Insane asylums in Bengal annual reports 1876-1887 - 1876-1887
Year: 1876
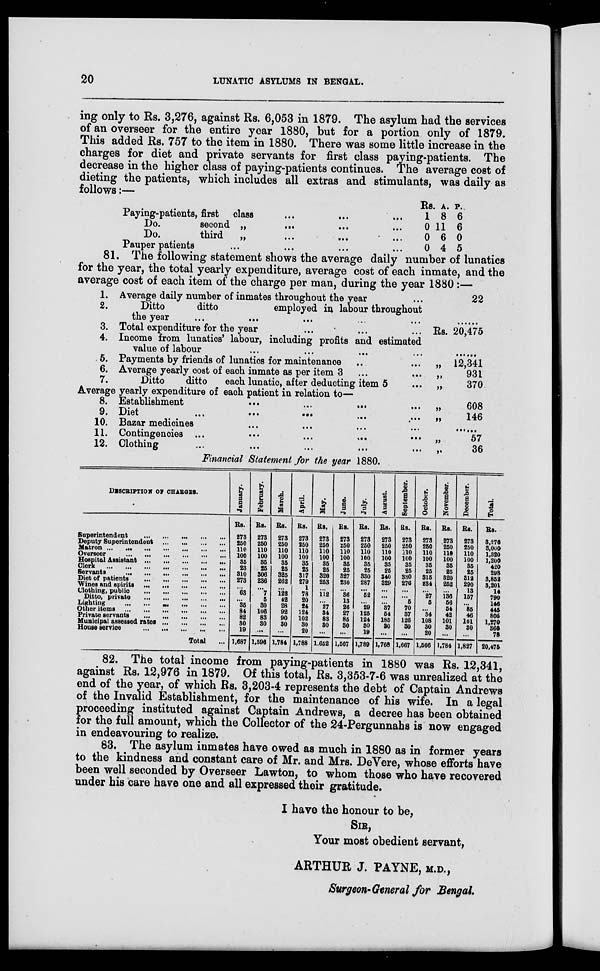
20
LUNATIC ASYLUMS IN BENGAL.
ing only to Rs. 3,276, against Rs. 6,053 in 1879. The asylum had the services
of an overseer for the entire year 1880, but for a portion only of 1879.
This added Rs. 757 to the item in 1880. There was some little increase in the
charges for diet and private servants for first class paying-patients. The
decrease in the higher class of paying-patients continues. The average cost of
dieting the patients, which includes all extras and stimulants, was daily as
follows:—
Paying-patients, first class ... ... ...
Do.
second „
...
...
Do.
third
„
...
...
...
Pauper patients ... ... ... ...
Rs.
1
0
0
0
A.
8
11
6
4
P.
6
6
0
5
81. The following statement shows the average daily number of lunatics
for the year, the total yearly expenditure, average cost of each inmate, and the
average cost of each item of the charge per man, during the year 1880 :—
1.
2.
3.
4.
5.
6.
7.
Average daily number of inmates throughout the year ...
Ditto
ditto
employed in labour throughout
the year
...
...
...
...
...
Total expenditure for the year ... ... ...
Income from lunatics' labour, including profits and estimated
value of labour ... ... ... ...
Payments by friends of lunatics for maintenance ... ...
Average yearly cost of each inmate as per item 3 ... ...
Ditto
ditto
each lunatic, after deducting item 5 ...
Average yearly expenditure of each patient in relation to—
8.
9.
10.
11.
12.
Establishment
...
...
... ...
Diet
...
...
... ... ...
Bazar medicines ... ... ... ...
Contingencies ... ... ... ... ...
Clothing ... ... ... ... ...
22
......
Rs. 20,475
......
„ 12,341
„ 931
„ 370
„ 608
„ 146
......
„ 57
„ 36
Financial Statement for the year 1880.
DESCRIPTION OF CHARGES.
Superintendent ... ... ... ... ...
Deputy Superintendent
...
...
...
...
Matron ...
...
...
...
...
...
...
Overseer
...
...
...
...
Hospital Assistant
...
...
...
Clerk
...
...
...
...
Servants
...
...
...
...
Diet of patients
...
...
...
Wines and spirits
...
...
...
...
Clothing, public
...
...
...
...
Ditto, private
...
...
...
...
Lighting
...
...
...
...
...
Other items
...
...
...
...
...
Private servants
...
...
...
...
Municipal assessed rates
...
...
...
House service
...
...
...
...
Total ...
January.
Rs.
273
250
110
100
35
23
310
273
...
63
...
35
84
82
30
19
1,687
February.
Rs.
273
250
110
100
35
25
306
236
...
7
5
30
106
83
30
...
1,596
March.
Rs.
273
250
110
100
35
25
325
262
...
122
42
28
92
90
30
...
1,784
April.
Rs.
273
250
110
100
35
25
317
279
1
78
20
24
124
102
30
20
1,788
May.
Rs.
273
250
110
100
35
25
320
253
...
112
...
27
34
83
30
...
1,652
June.
Rs.
273
250
110
100
35
25
327
230
...
36
13
26
27
85
30
...
1,567
July.
Rs.
273
250
110
100
35
25
330
287
...
52
...
29
125
124
30
19
1,789
August.
Rs.
273
250
110
100
35
25
340
329
...
...
...
37
54
185
30
...
1,768
September.
Rs.
273
250
110
100
35
25
330
276
...
...
5
70
37
126
30
...
1,667
October.
Rs.
273
250
110
100
35
25
315
234
...
27
5
...
34
108
30
20
1,566
November.
Rs.
273
250
110
100
35
25
320
252
...
136
56
54
42
101
30
...
1,784
December.
Rs.
273
250
110
100
35
25
312
290
13
157
...
85
46
101
30
...
1,827
Total.
Rs.
3,276
3,000
1,320
1,200
420
298
3,852
3,201
14
790
146
445
805
1,270
360
78
20,475
82. The total income from paying-patients in 1880 was Rs. 12,341,
against Rs. 12,976 in 1879. Of this total, Rs. 3,353-7-6 was unrealized at the
end of the year, of which Rs. 3,203-4 represents the debt of Captain Andrews
of the Invalid Establishment, for the maintenance of his wife. In a legal
proceeding instituted against Captain Andrews, a decree has been obtained
for the full amount, which the Collector of the 24-Pergunnahs is now engaged
in endeavouring to realize.
83. The asylum inmates have owed as much in 1880 as in former years
to the kindness and constant care of Mr. and Mrs. DeVere, whose efforts have
been well seconded by Overseer Lawton, to whom those who have recovered
under his care have one and all expressed their gratitude.
I have the honour to be,
SIR,
Your most obedient servant,
ARTHUR J. PAYNE, M.D.,
Surgeon-General for Bengal.